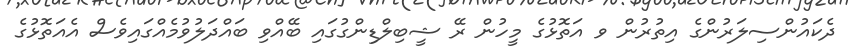
ދެކައުންސިލަރުންގެ އިތުރުން ވ އަތޮޅުގެ މީހުން ރޭ ޝީބިލްޑިންގުގައި ބޭއްވި ބައްދަލުވުމެއްގައިވެސް އެއަތޮޅުގެ